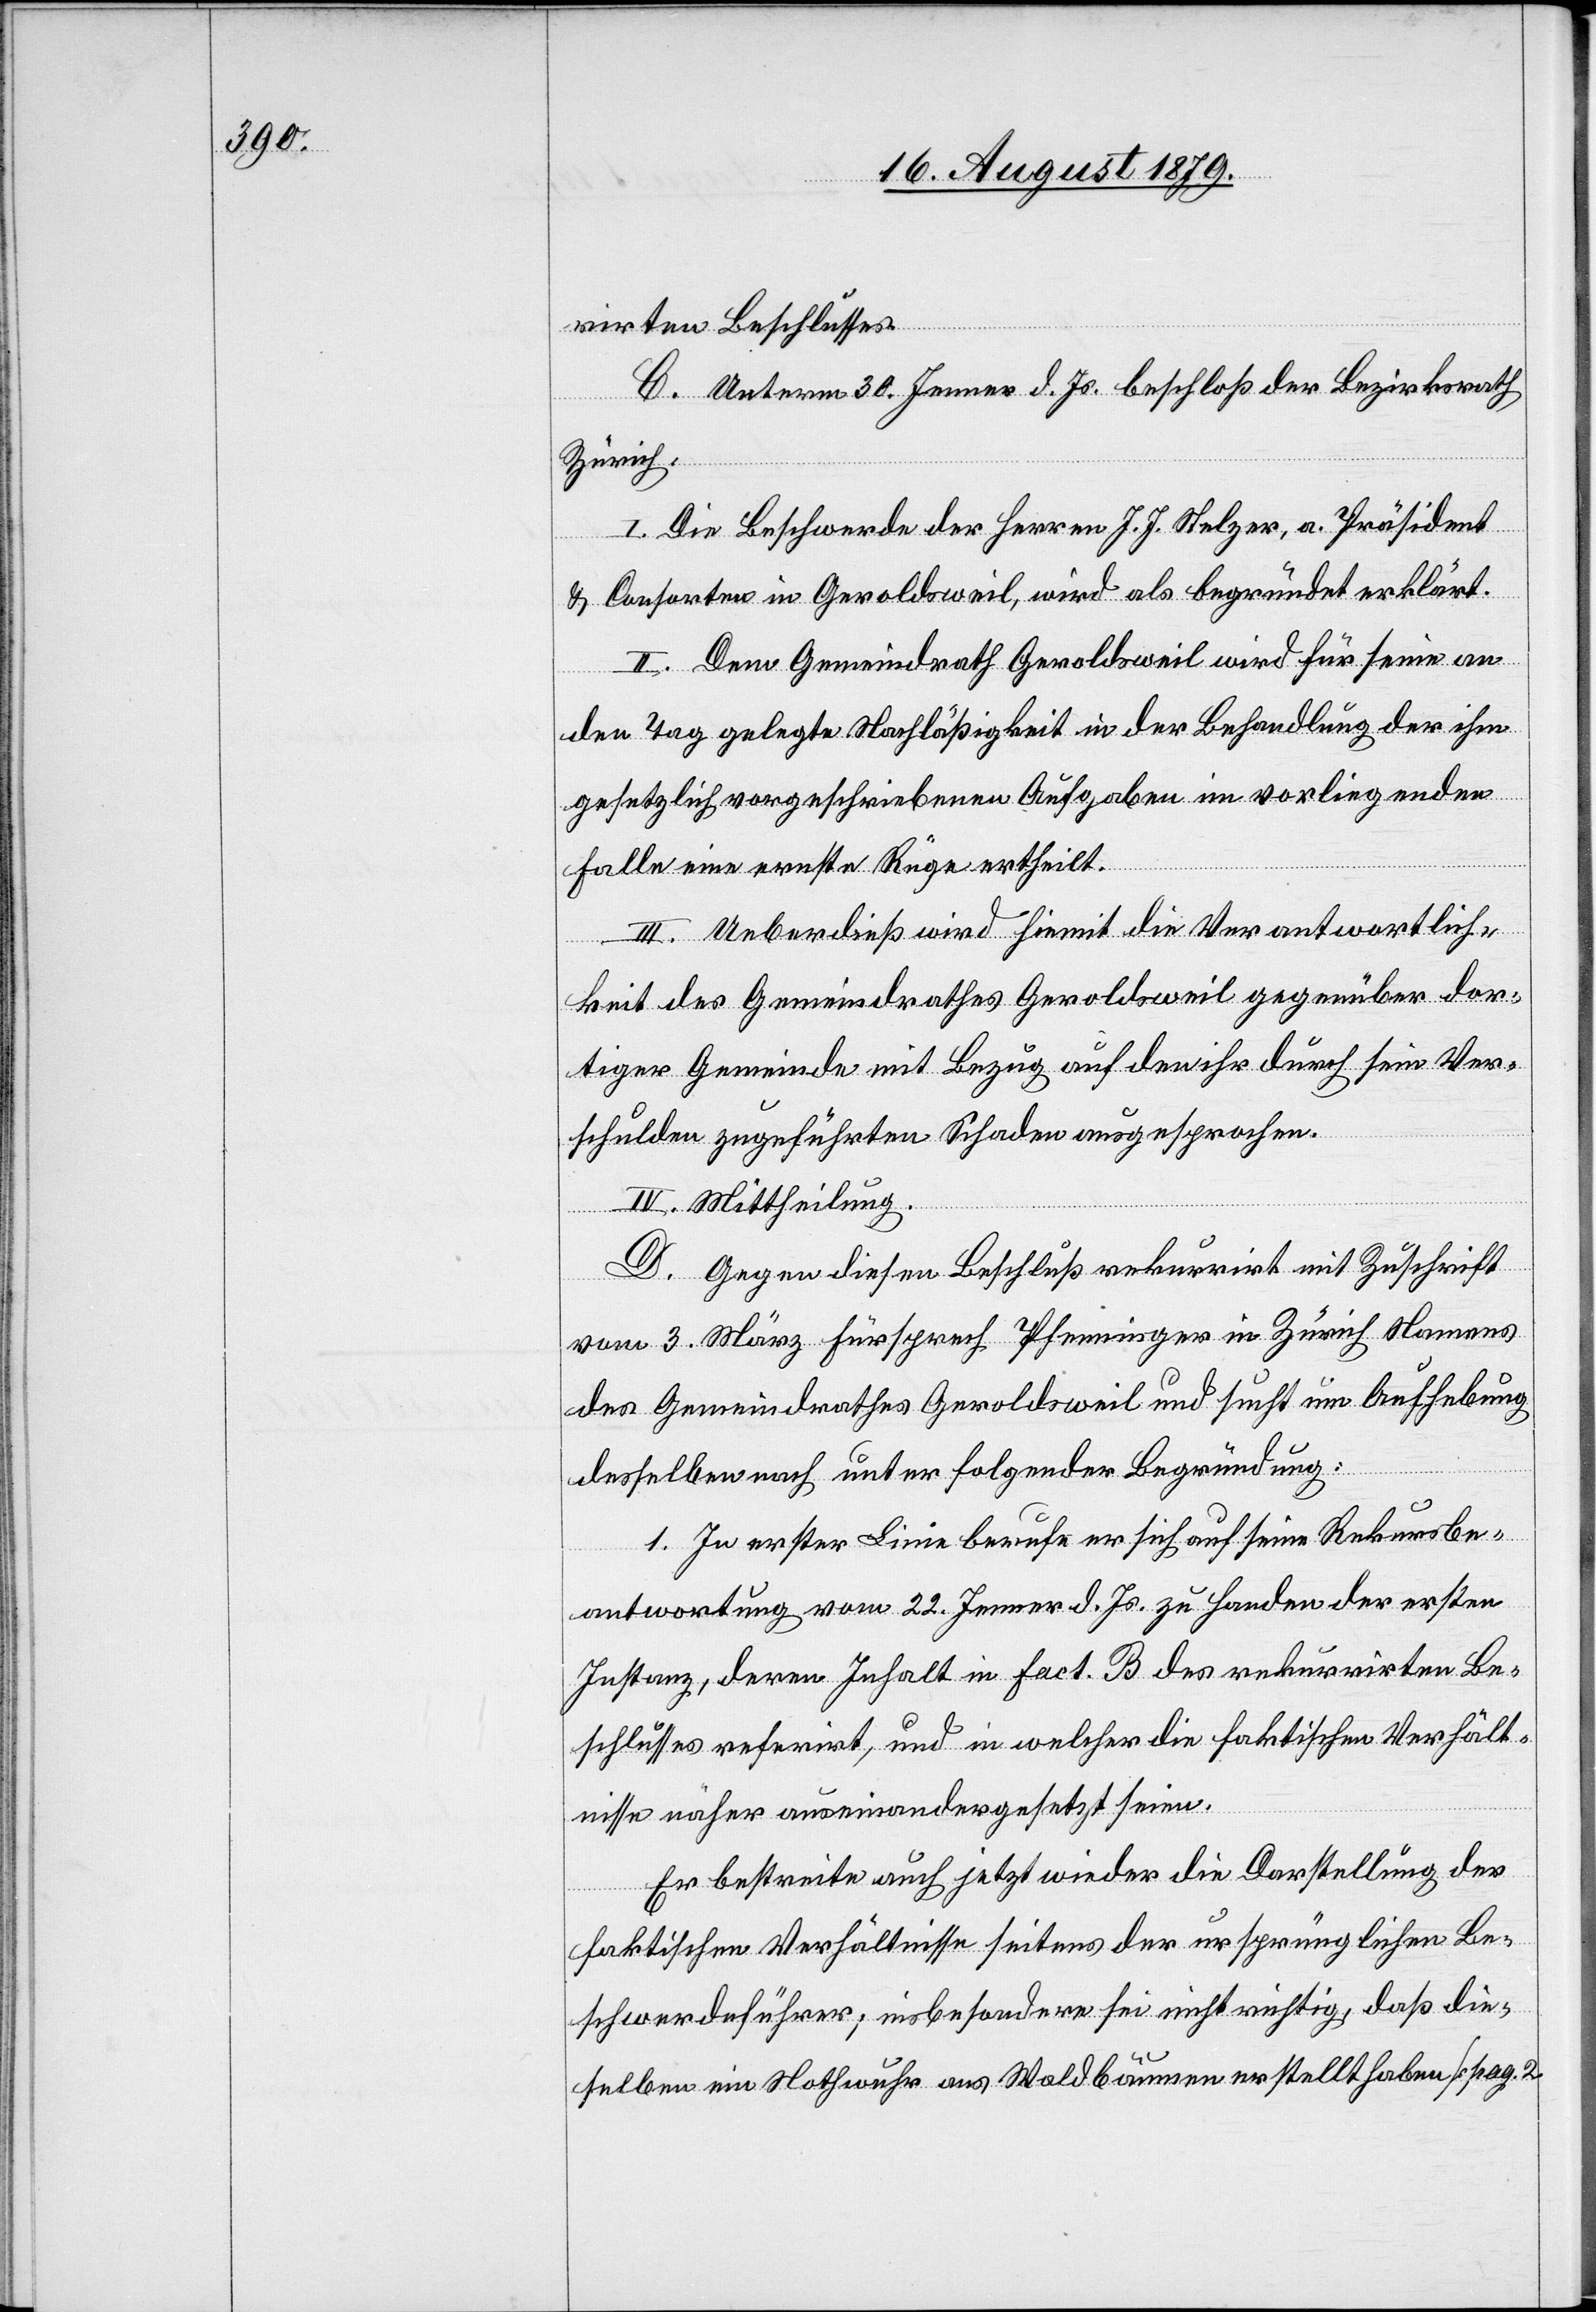
rirten Beschlusses.
C. Unterm 30. Jenner d. Js. beschloß der Bezirksrath
Zürich:
I. Die Beschwerde des Herren J. J. Stelzer, a. Präsident
& Consorten in Geroldsweil, wird als begründet erklärt.
II. Dem Gemeindrath Geroldsweil wird für eine an
den Tag gelegte Nachläßigkeit in der Behandlung der ihm
gesetzlich vorgeschriebenen Aufgaben im vorliegenden
Falle eine ernste Rüge ertheilt.
III. Ueberdieß wird hiemit die Verantwortlich¬
keit des Gemeindrathes Geroldsweil gegenüber dor¬
tiger Gemeinde mit Bezug auf den ihr durch sein Ver¬
schulden zugeführten Schaden ausgesprochen.
IV. Mittheilung.
D. Gegen diesen Beschluß rekurrirt mit Zuschrift
vom 3. März Fürsprech Pfenninger in Zürich Namens
des Gemeindrathes Geroldsweil und sucht um Aufhebung
desselben nach unter folgender Begründung:
1. In erster Linie berufe er sich auf seine Rekursbe¬
antwortung vom 22. Jenner d. Js. zu Handen der ersten
Instanz, deren Inhalt in Fact. B des rekurrirten Be¬
schlusses referirt, und in welcher die faktischen Verhält¬
nisse näher auseinandergesetzt seien.
Er bestreite auch jetzt wieder die Darstellung der
faktischen Verhältnisse seitens der ursprünglichen Be¬
schwerdeführer; insbesondere sei nicht richtig, daß die¬
selben ein Nothwuhr aus Waldbäumen erstellt haben [pag. 2